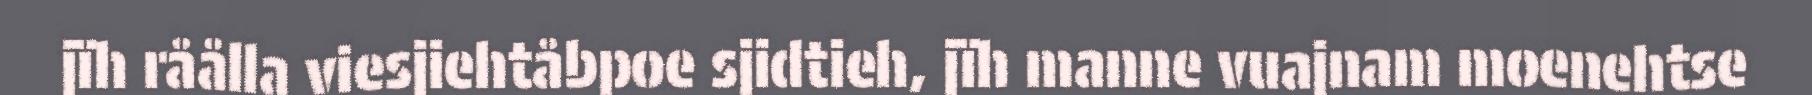
jïh råålla viesjiehtåbpoe sjidtieh, jïh manne vuajnam moenehtse